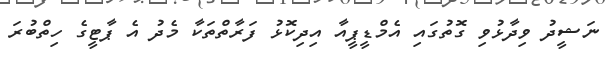
ނަޝީދު ވިދާޅުވި ގޮތުގައި އެމްޑީޕީއާ އިދިކޮޅު ފަރާތްތަކާ މެދު އެ ޕާޓީގެ ހިތްބުރަ